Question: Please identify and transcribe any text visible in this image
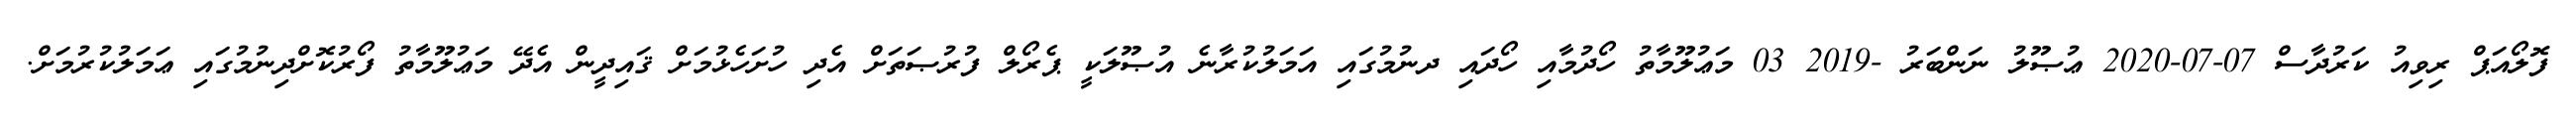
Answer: ފޮލޯއަޕް ރިވިއު ކަރުދާސް 07-07-2020 ޢުޞޫލު ނަންބަރު -2019 03 މަޢުލޫމާތު ހޯދުމާއި ހޯދައި ދނުމުގައި އަމަލުކުރާނެ އުޞޫލަކީ ޕެރޯލް ފުރުޞަތަށް އެދި ހުށަހެޅުމަށް ޤައިދީން އެދޭ މަޢުލޫމާތު ފޯރުކޮށްދިނުމުގައި ޢަމަލުކުރުމަށް.